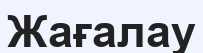
Жағалау